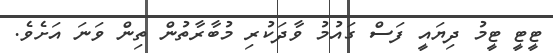
ޓީޓީ ޓީމު ދިޔައީ ފަސް ގައުމު ވާދަކުރި މުބާރާތުން ތިން ވަނަ އަށެވެ.